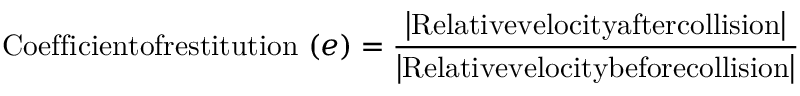
{ \mathrm { C o e f f i c i e n t o f r e s t i t u t i o n ~ } } ( e ) = { \frac { \left| { \mathrm { R e l a t i v e v e l o c i t y a f t e r c o l l i s i o n } } \right| } { \left| { \mathrm { R e l a t i v e v e l o c i t y b e f o r e c o l l i s i o n } } \right| } }